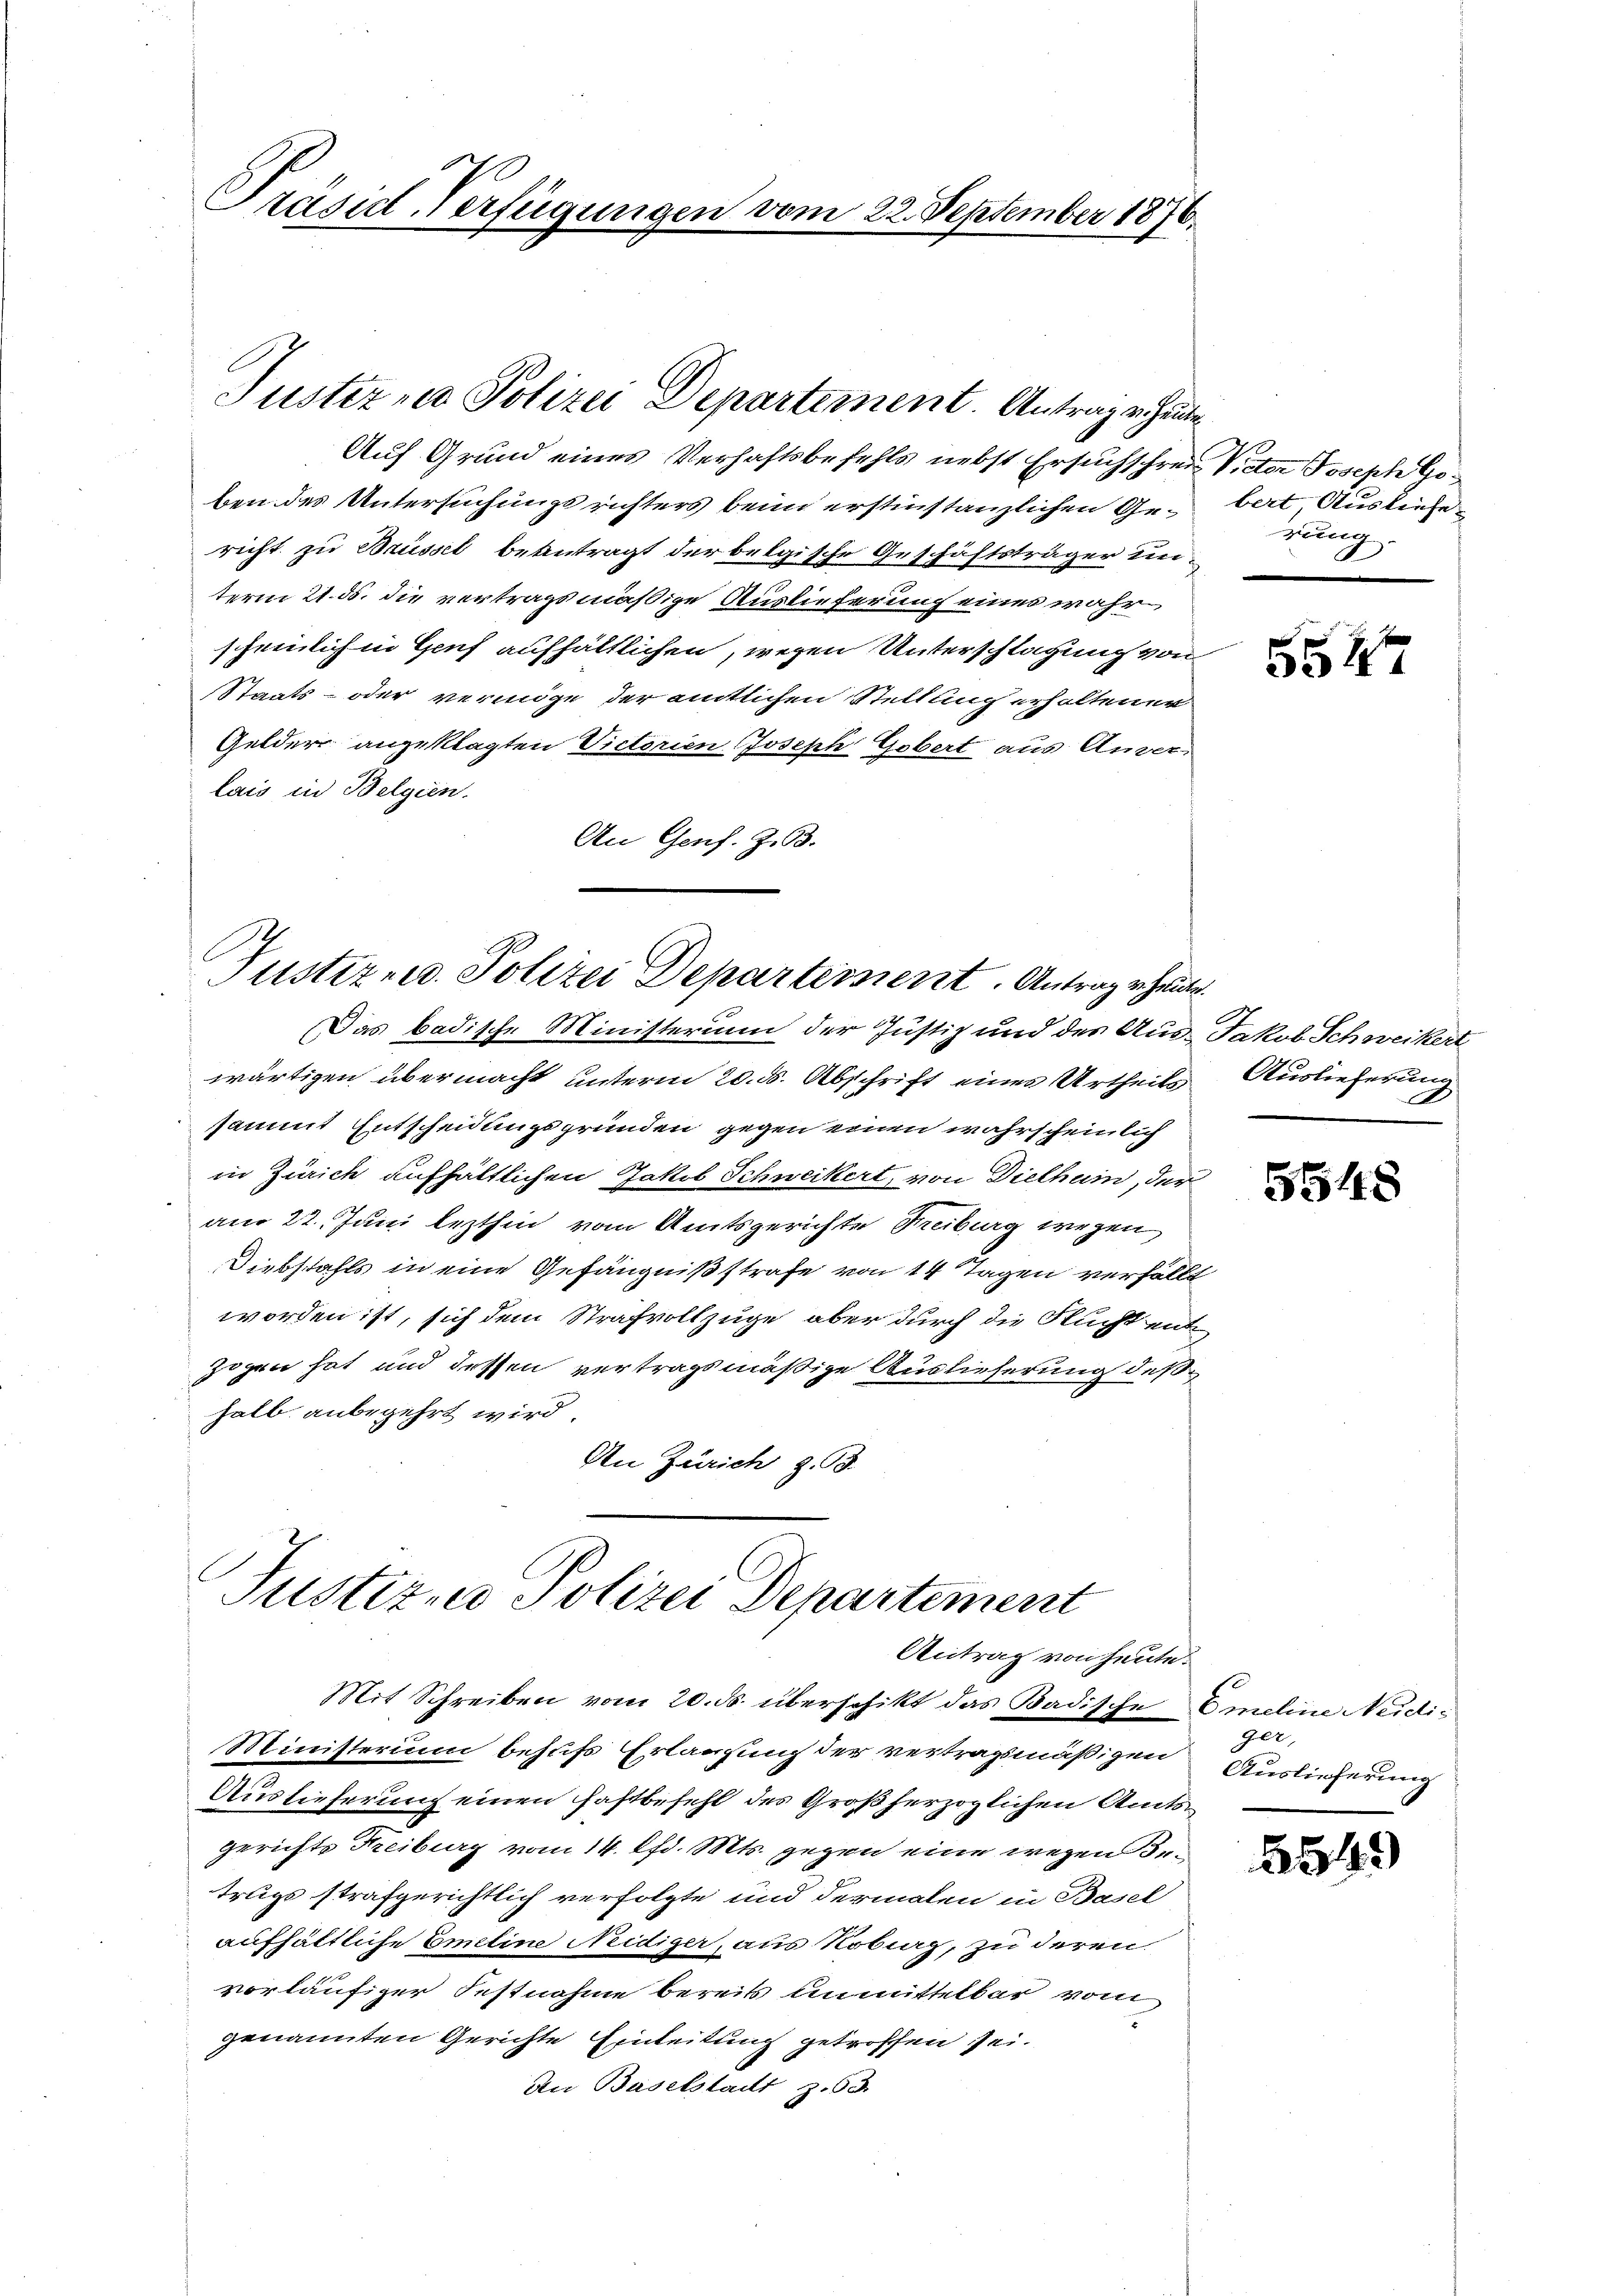
Präside Verfügungen vom 22. September 1876.

Justiz, Polizei Departement. Antrage heute

Auf Grund eines Verhaftsbefehls nebst Ersuchschreie Victor Joseph Goben des Untersuchungsrichters beim erstinstanzlichen Ge- beit Ausliefericht zu Brüssel beantragt der belgische Geschäftsträger un-
term 21. ds. die vertragsmäßige Auslieferung eines wahr
scheinlich in Genf aufhältlichen, wegen Unterschlagung von
Staats- oder vermöge der amtlichen Stellung erholtener
Gelder angeklagten Victorien Joseph Gobert aus Anver-
lais in Belgien.
An Genf. Z. 33.

Justiz- u. Polizei Departement. Antrage heute

Justizen Polizei Departement
Antrag von heute.

Das badische Ministerium der Justiz und des Aus-Jakob Schweikert
wärtigen übermacht unterm 20. ds. Abschrift eines Urtheils Auslieferun
sammt Entscheidungsgründen gegen einen wahrscheinlich
in Zürich aufhältlichen Jakob Schweikert, von Diethum, der
am 22. Juni lezthin vom Amtsgerichte Freiburg wegen
Diebstahls in eine Gefängnißstrafe von 14 Tagen verfällt
worden ist, sich dem Strafvollzuge aber durch die Flucht ent
zogen hat und dessen vertragsmäßige Auslieferung deßhalb anbegehrt wird.
An Zürich z. 93.

Mit Schreiben vom 20. ds. überschikt das Badische Emeline Neidi¬
Ministerium behufs Erlaufung der vertragsmäßigen
Auslieferung einen fastbefehl des Großherzoglichen Amts
gerichts Freiburg vom 14. d. Mts. gegen eine wegen Irtrug strafgerichtlich verfolgte und dermalen in Basel
aufhältliche Emeline Neidiger, aus Nobiag, zu deren
vorläufiger Festnahme bereits unmittelbar vom
genannten Gerichte Einleitung getroffen sei.
An Baselstadt z.63.

rung.

6

D

5548

ger,
Auslieferung

554)